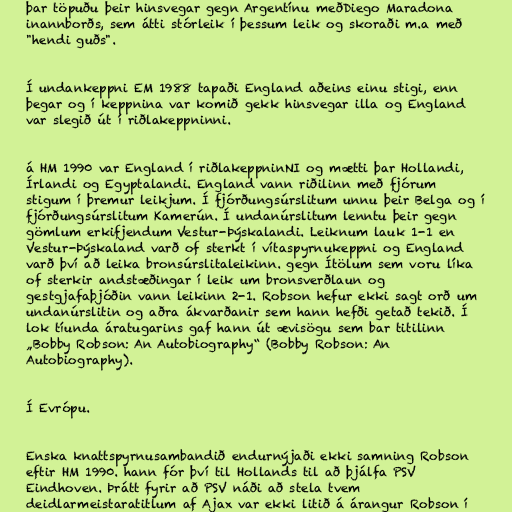
þar töpuðu þeir hinsvegar gegn Argentínu meðDiego Maradona
inannborðs, sem átti stórleik í þessum leik og skoraði m.a með
"hendi guðs".

Í undankeppni EM 1988 tapaði England aðeins einu stigi, enn
þegar og í keppnina var komið gekk hinsvegar illa og England
var slegið út í riðlakeppninni.

á HM 1990 var England í riðlakeppninNI og mætti ​​þar Hollandi,
Írlandi og Egyptalandi. England vann riðilinn með fjórum
stigum í þremur leikjum. Í fjórðungsúrslitum unnu þeir Belga og í
fjórðungsúrslitum Kamerún. Í undanúrslitum lenntu þeir gegn
gömlum erkifjendum Vestur-Þýskalandi. Leiknum lauk 1-1 en
Vestur-Þýskaland varð of sterkt í vítaspyrnukeppni og England
varð því að leika bronsúrslitaleikinn. gegn Ítölum sem voru líka
of sterkir andstæðingar í leik um bronsverðlaun og
gestgjafaþjóðin vann leikinn 2-1. Robson hefur ekki sagt orð um
undanúrslitin og aðra ákvarðanir sem hann hefði getað tekið. Í
lok tíunda áratugarins gaf hann út ævisögu sem bar titilinn
„Bobby Robson: An Autobiography“ (Bobby Robson: An
Autobiography).

Í Evrópu.

Enska knattspyrnusambandið endurnýjaði ekki samning Robson
eftir HM 1990. hann fór því til Hollands til að þjálfa PSV
Eindhoven. Þrátt fyrir að PSV náði að stela tvem
deidlarmeistaratitlum af Ajax var ekki litið á árangur Robson í